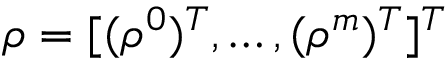
\rho = [ ( \rho ^ { 0 } ) ^ { T } , \dots , ( \rho ^ { m } ) ^ { T } ] ^ { T }